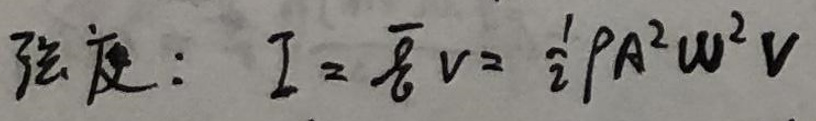
弦度：$I = \frac{P}{v} = \frac{1}{2} \rho A^2 \omega^2 v$